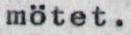
mötet.